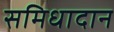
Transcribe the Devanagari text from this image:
समिधादान